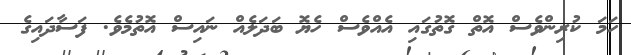
ހަމަ ކުރިންވެސް އޮތް ގޮތުގައި އެއްވެސް ހެޔޮ ބަދަލެއް ނައިސް އޮތުމެވެ. ފަސާދައިގެ